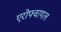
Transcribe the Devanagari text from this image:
एरोफ्वायल